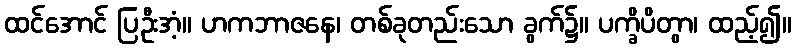
ထင်အောင် ပြဦးအံ့။ ဟကဘာဇနေ၊ တစ်ခုတည်းသော ခွက်၌။ ပက္ခိပိတွာ၊ ထည့်၍။